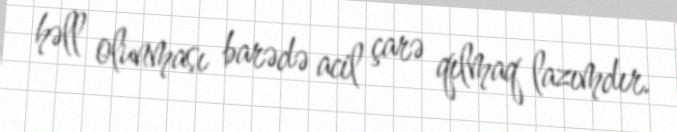
həll olunması barədə acil çarə qılmaq lazımdır.